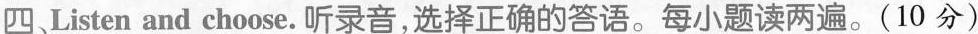
四、Listen and choose.听录音,选择正确的答语。每小题读两遍。(10 分)